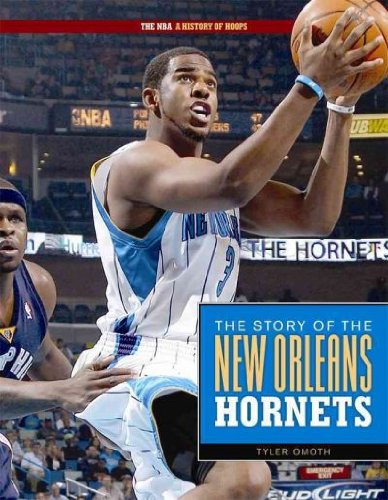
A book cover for The Story of the New Orleans Hornets (The NBA: a History of Hoops); Tyler Omoth; Teen & Young Adult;